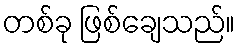
တစ်ခု ဖြစ်ချေသည်။